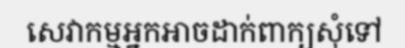
សេវាកម្មអ្នកអាចដាក់ពាក្យសុំទៅ